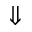
\Downarrow